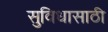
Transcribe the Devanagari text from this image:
सुविधासाठी